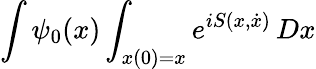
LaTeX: \int\psi_{0}(x)\int_{x(0)=x}e^{iS(x,{\dot{x}})}\, Dx